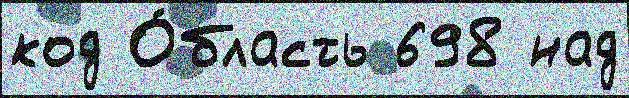
код О́бласть 698 над